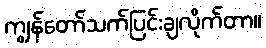
ကျွန်တော်သက်ပြင်းချလိုက်တာ။